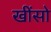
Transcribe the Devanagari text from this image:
खींसो